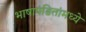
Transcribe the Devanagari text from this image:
भाषापंडितांमध्ये